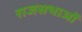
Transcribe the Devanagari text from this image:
राजसभाओं